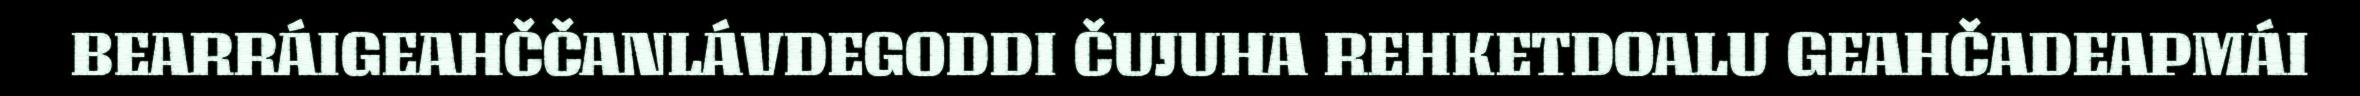
BEARRÁIGEAHČČANLÁVDEGODDI ČUJUHA REHKETDOALU GEAHČADEAPMÁI